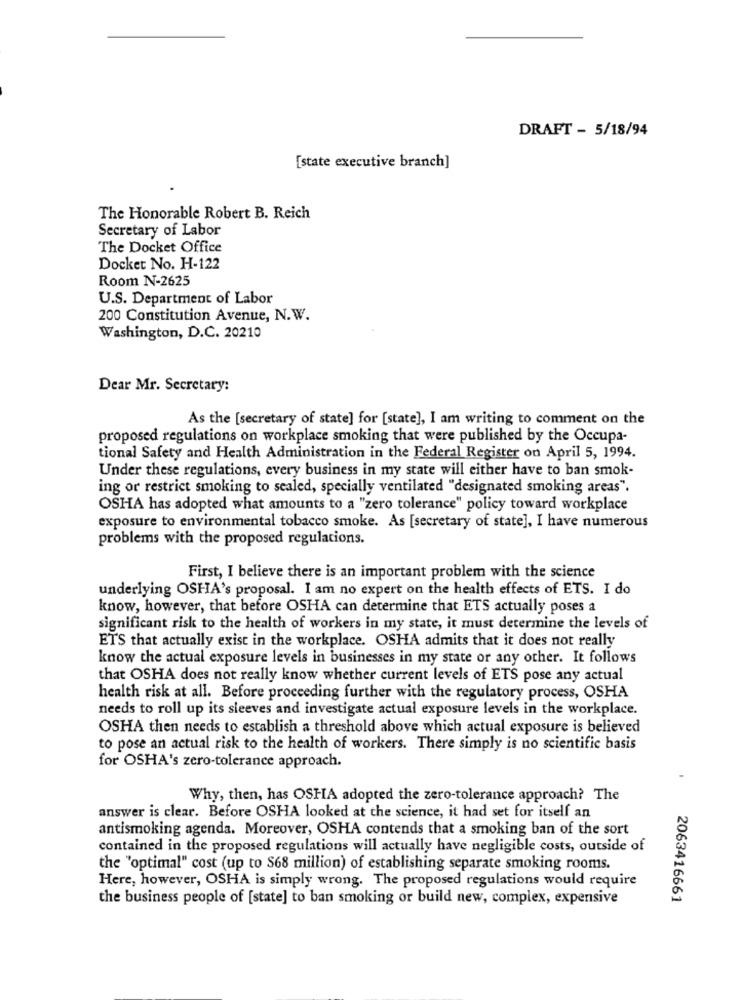
DRAFT - 5/18/94
[state executive branch]
The Honorable Robert B. Reich
Secretary of Labor
The Docket Office
Docket No. H-122
Room N-2625
U.S. Department of Labor
200 Constitution Avenue, N.W.
Washington, D.C. 20210
Dear Mr. Secretary:
As the [secretary of state] for [state], I am writing to comment on the
proposed regulations on workplace smoking that were published by the Occupa-
tional Safety and Health Administration in the Federal Register on April 5, 1994.
Under these regulations, every business in my state will either have to ban smok-
ing or restrict smoking to sealed, specially ventilated "designated smoking areas".
OSHA has adopted what amounts to a "zero tolerance" policy toward workplace
exposure to environmental tobacco smoke. As [secretary of state], I have numerous
problems with the proposed regulations.
First, I believe there is an important problem with the science
underlying OSHA's proposal. I am no expert on the health effects of ETS. I do
know, however, that before OSHA can determine that ETS actually poses a
significant risk to the health of workers in my state, it must determine the levels of
ETS that actually exist in the workplace. OSHA admits that it does not really
know the actual exposure levels in businesses in my state or any other. It follows
that OSHA does not really know whether current levels of ETS pose any actual
health risk at all. Before proceeding further with the regulatory process, OSHA
needs to roll up its sleeves and investigate actual exposure levels in the workplace.
OSHA then needs to establish a threshold above which actual exposure is believed
to pose an actual risk to the health of workers. There simply is no scientific basis
for OSHA's zero-tolerance approach.
Why, then, has OSHA adopted the zero-tolerance approach? The
answer is clear. Before OSHA looked at the science, it had set for itself an
antismoking agenda. Moreover, OSHA contends that a smoking ban of the sort
contained in the proposed regulations will actually have negligible costs, outside of
the "optimal" cost (up to $68 million) of establishing separate smoking rooms.
Here, however, OSHA is simply wrong. The proposed regulations would require
the business people of [state] to ban smoking or build new, complex, expensive
2063416661